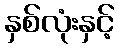
နှစ်လုံးနှင့်